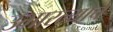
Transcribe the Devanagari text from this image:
उभारल्याचे